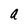
Character: a